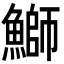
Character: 鰤